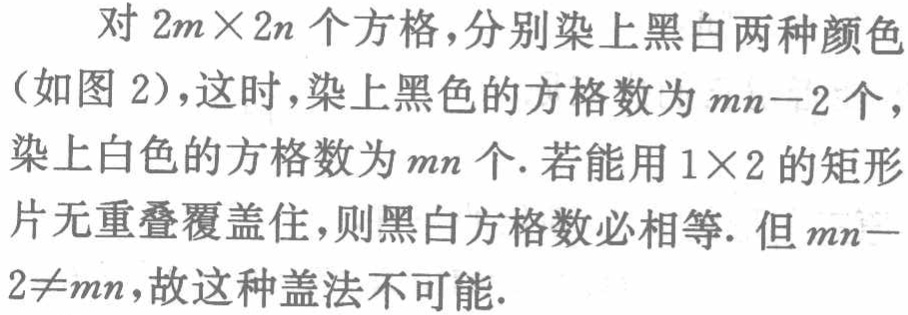
对 \(2m\times 2n\) 个方格，分别染上黑白两种颜色（如图 2），这时，染上黑色的方格数为 \(mn - 2\) 个，染上白色的方格数为 \(mn\) 个. 若能用 \(1\times 2\) 的矩形片无重叠覆盖住，则黑白方格数必相等. 但 \(mn - 2\neq mn\)，故这种盖法不可能.